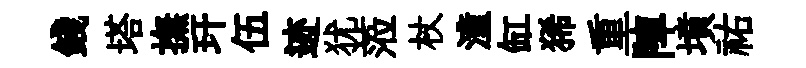
錢塔撫玕伍迹犹蒞杖潼缸狶重陣墳祐